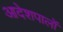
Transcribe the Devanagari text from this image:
आदेशपालों